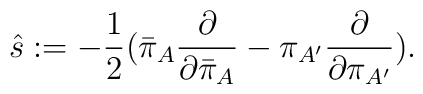
{\hat s}: =-{1 \over 2}({\bar \pi}_{A}{\partial \over \partial {\bar \pi}_{A}}-\pi_{A^\prime}{\partial \over \partial \pi_{A^\prime}}).